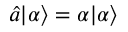
{ \hat { a } } | \alpha \rangle = \alpha | \alpha \rangle